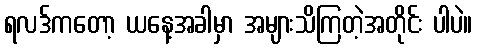
ရလဒ်ကတော့ ယနေ့အခါမှာ အများသိကြတဲ့အတိုင်း ပါပဲ။